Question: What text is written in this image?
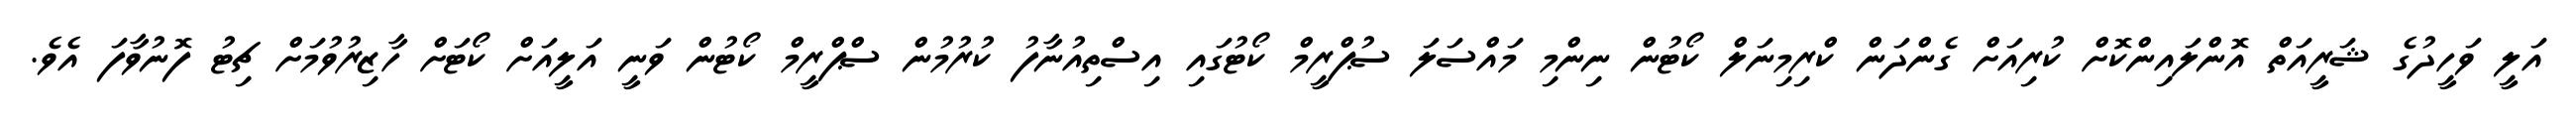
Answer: އަލީ ވަހީދުގެ ޝަރީއަތް އޮންލައިންކޮށް ކުރިއަށް ގެންދަން ކްރިމިނަލް ކޯޓުން ނިންމި މައްސަލަ ސުޕްރީމް ކޯޓުގައި އިސްތިއުނާފު ކުރުމުން ސްޕްރީމް ކޯޓުން ވަނީ އަލީއަށް ކޯޓަށް ހާޒިރުވުމަށް ޗިޓު ފޮނުވާފަ އެވެ.